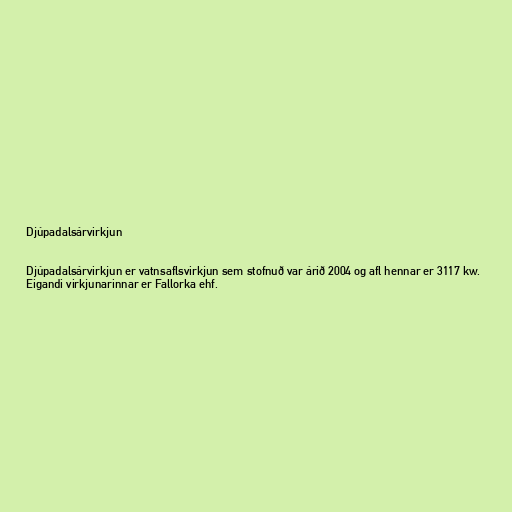
Djúpadalsárvirkjun

Djúpadalsárvirkjun er vatnsaflsvirkjun sem stofnuð var árið 2004 og afl hennar er 3117 kw.
Eigandi virkjunarinnar er Fallorka ehf.